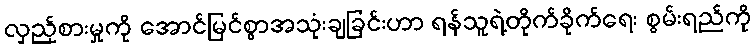
လှည့်စားမှုကို အောင်မြင်စွာအသုံးချခြင်းဟာ ရန်သူရဲ့တိုက်ခိုက်ရေး စွမ်းရည်ကို